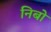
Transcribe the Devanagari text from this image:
निबों